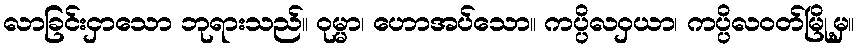
လာခြင်းငှာသော ဘုရားသည်။ ဝုမ္မာ၊ ဟောအပ်သော။ ကပ္ပိလဝှယာ၊ ကပ္ပိလဝတ်မြို့မှ။